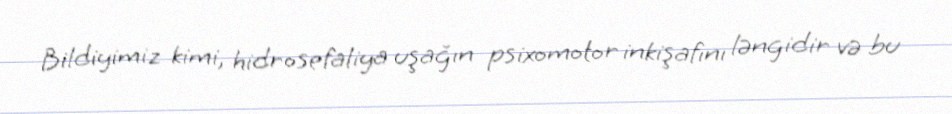
Bildiyimiz kimi, hidrosefaliya uşağın psixomotor inkişafını ləngidir və bu